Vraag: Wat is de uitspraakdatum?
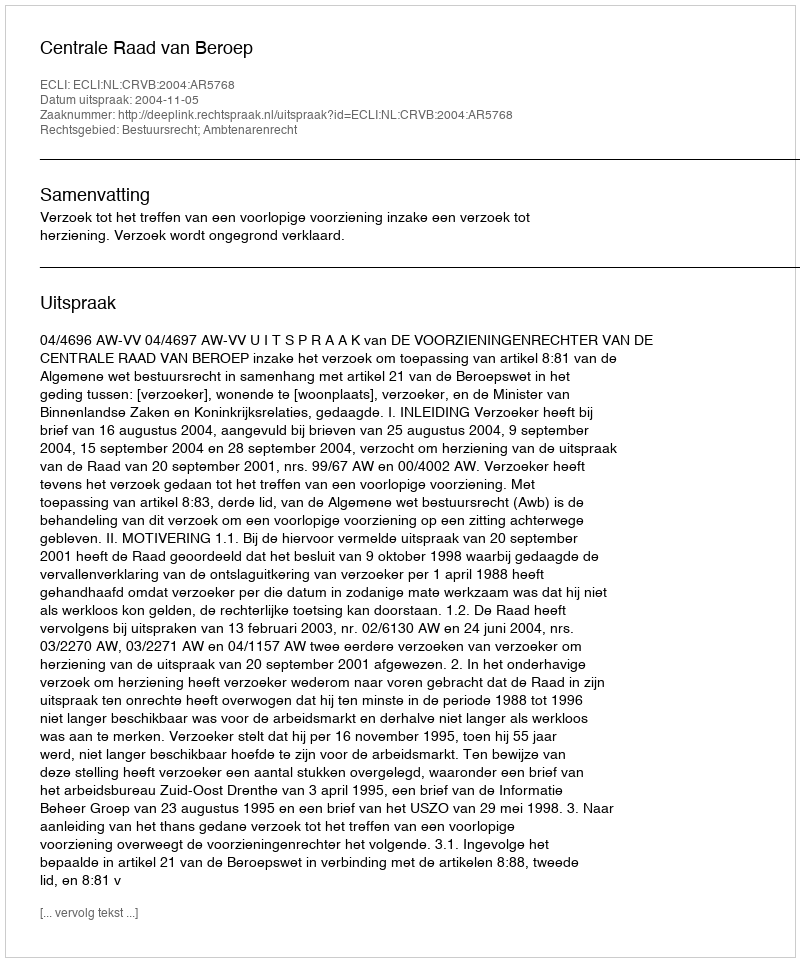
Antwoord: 2004-11-05